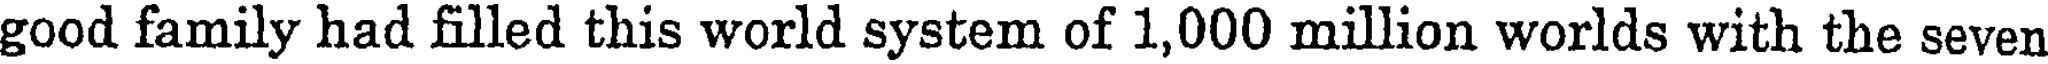
good family had filled this world system of 1,000 million worlds with the seven